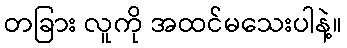
တခြား လူကို အထင်မသေးပါနဲ့။